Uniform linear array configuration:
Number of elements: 16
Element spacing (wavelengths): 1
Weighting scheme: kaiser
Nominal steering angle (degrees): -30
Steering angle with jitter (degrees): -28.582
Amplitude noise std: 0.05
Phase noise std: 0.05

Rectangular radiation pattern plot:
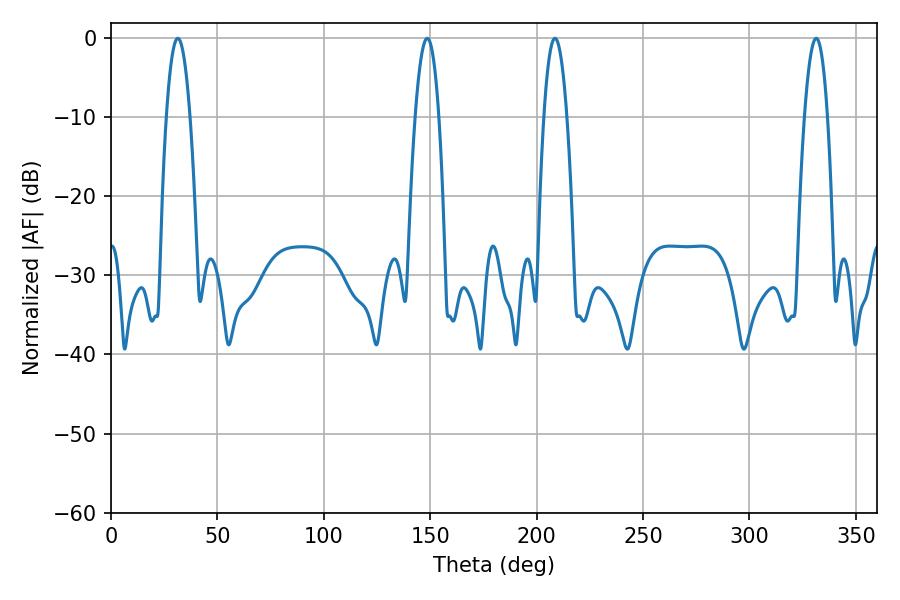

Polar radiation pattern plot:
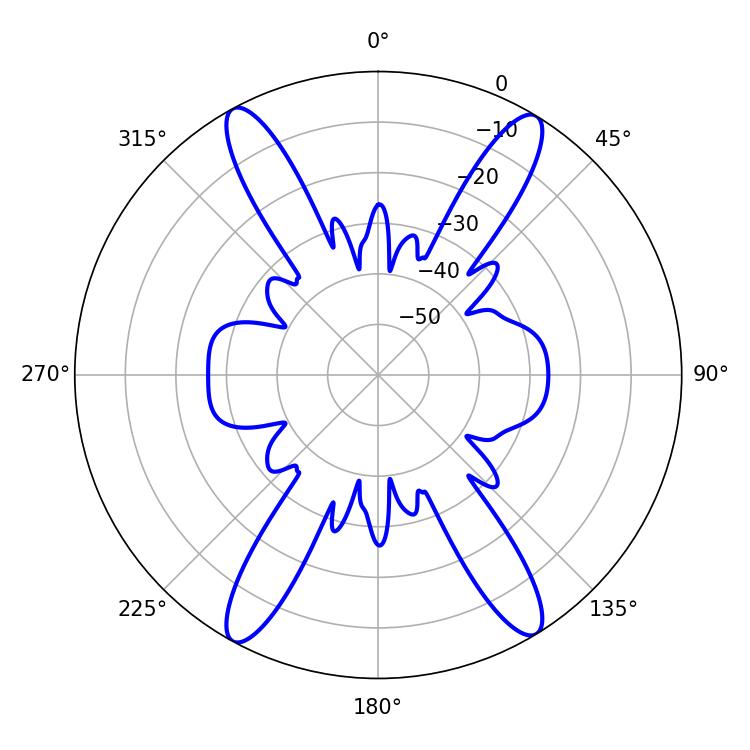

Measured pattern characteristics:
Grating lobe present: TRUE
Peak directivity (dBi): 21.977
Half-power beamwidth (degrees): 5.94
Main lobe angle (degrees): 208.62